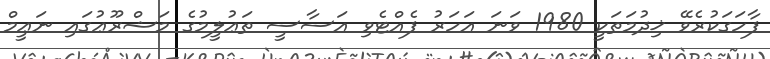
ފާހަގަކުރެވޭ ޚިދުމަތަކީ 1980 ވަނަ އަހަރު ފެއްޓެވި އަސާސީ ތަޢުލީމުގެ މަޝްރޫޢުގައި ނަޢީމް